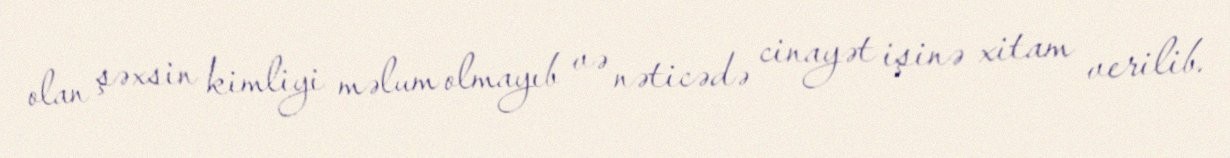
olan şəxsin kimliyi məlum olmayıb və nəticədə cinayət işinə xitam verilib.